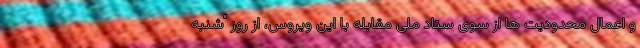
و اعمال محدودیت ها از سوی ستاد ملی مقابله با این ویروس، از روز “شنبه